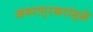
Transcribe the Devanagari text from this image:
अमरापूूरकरांमुळे